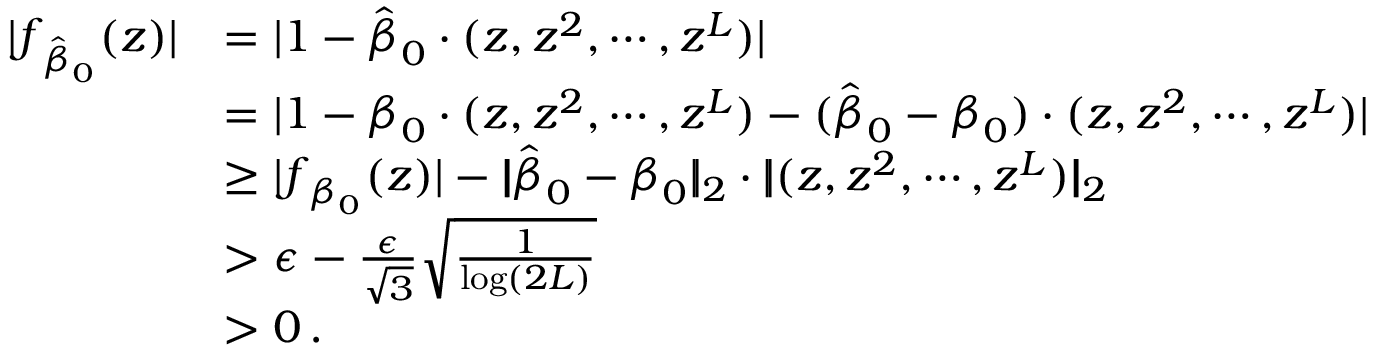
\begin{array} { r l } { | \boldsymbol { f } _ { \hat { \boldsymbol { \beta } } _ { 0 } } ( z ) | } & { = | 1 - \hat { \boldsymbol { \beta } } _ { 0 } \cdot ( z , z ^ { 2 } , \cdots , z ^ { L } ) | } \\ & { = | 1 - { \boldsymbol { \beta } } _ { 0 } \cdot ( z , z ^ { 2 } , \cdots , z ^ { L } ) - ( \hat { \boldsymbol { \beta } } _ { 0 } - { \boldsymbol { \beta } } _ { 0 } ) \cdot ( z , z ^ { 2 } , \cdots , z ^ { L } ) | } \\ & { \geq | \boldsymbol { f } _ { { \boldsymbol { \beta } _ { 0 } } } ( z ) | - | \! | \hat { \boldsymbol { \beta } } _ { 0 } - { \boldsymbol { \beta } } _ { 0 } | \! | _ { 2 } \cdot | \! | ( z , z ^ { 2 } , \cdots , z ^ { L } ) | \! | _ { 2 } } \\ { \ } & { > \epsilon - \frac { \epsilon } { \sqrt 3 } \sqrt { \frac 1 { \log ( 2 L ) } } } \\ & { > 0 \, . } \end{array}